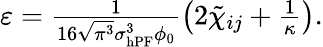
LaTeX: \begin{array}{r}{\varepsilon=\frac{1}{16\sqrt{\pi^{3}}\sigma_{\mathrm{hPF}}^{3}\phi_{0}}\left(2\tilde{\chi}_{ij}+\frac{1}{\kappa}\right).}\end{array}